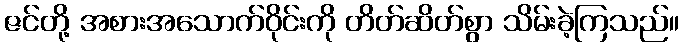
ဇင်တို့ အစားအသောက်ဝိုင်းကို တိတ်ဆိတ်စွာ သိမ်းခဲ့ကြသည်။